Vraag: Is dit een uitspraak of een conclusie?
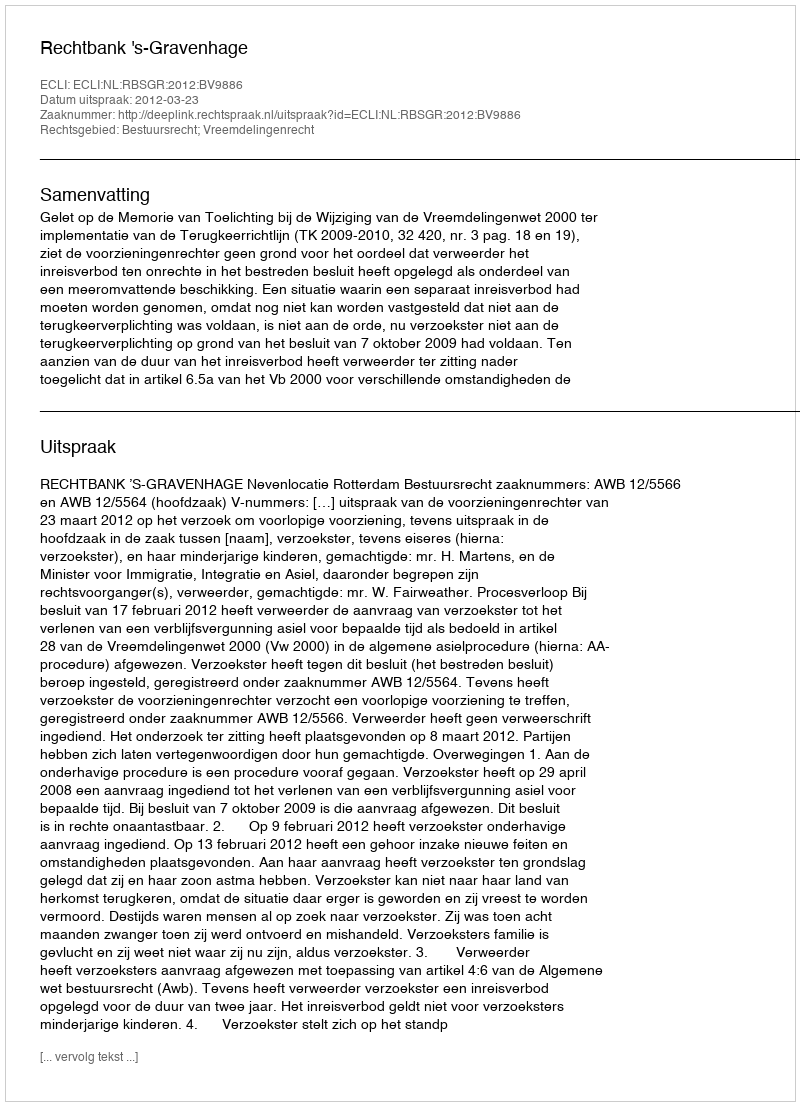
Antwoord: Uitspraak